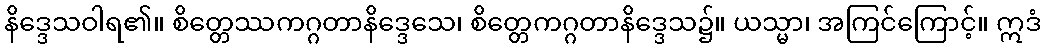
နိဒ္ဒေသဝါရ၏။ စိတ္တေဿကဂ္ဂတာနိဒ္ဒေသေ၊ စိတ္တေကဂ္ဂတာနိဒ္ဒေသ၌။ ယသ္မာ၊ အကြင်ကြောင့်။ ဣဒံ